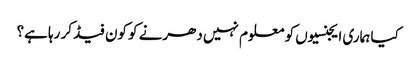
کیا ہماری ایجنسیوں کو معلوم نہیں دھرنے کو کون فیڈ کر رہا ہے؟